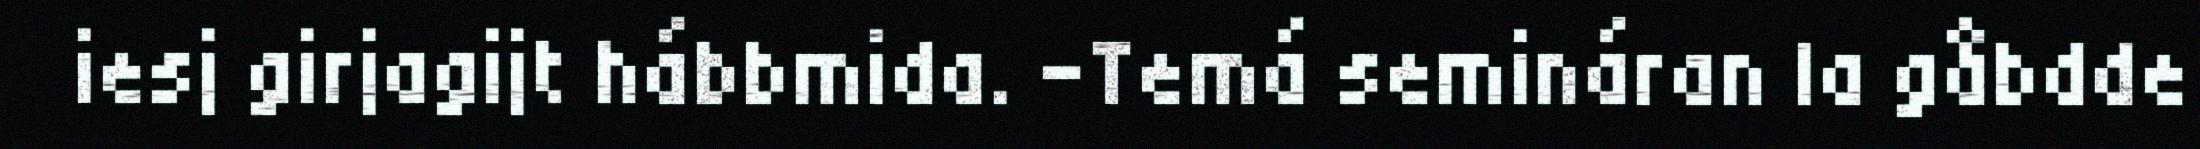
iesj girjagijt hábbmida. -Temá semináran la gåbdde